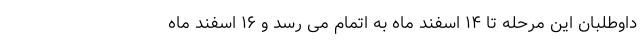
داوطلبان این مرحله تا ۱۴ اسفند ماه به اتمام می رسد و ۱۶ اسفند ماه